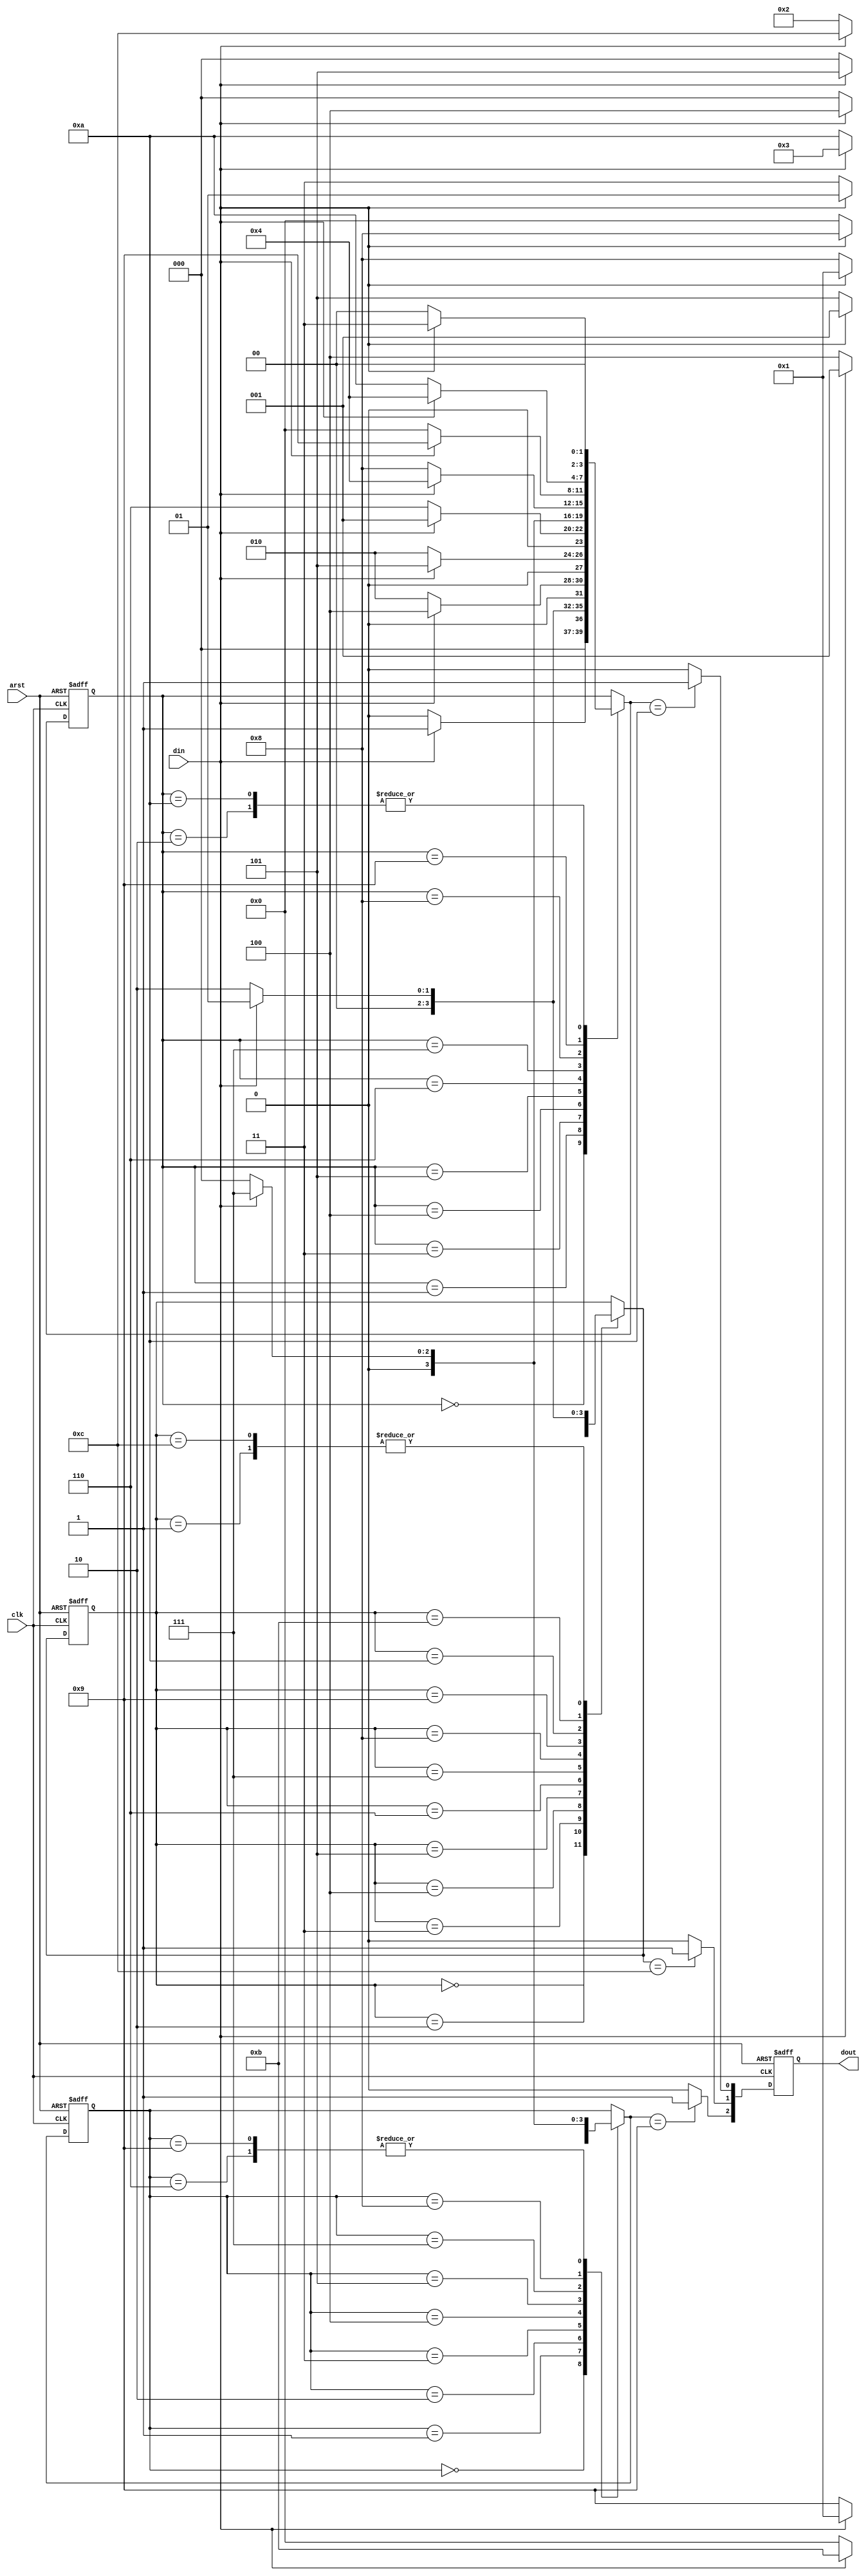
/*--  *******************************************************
--  Computer Architecture Course, Laboratory Sources 
--  Amirkabir University of Technology (Tehran Polytechnic)
--  Department of Computer Engineering (CE-AUT)
--  https://ce[dot]aut[dot]ac[dot]ir
--  *******************************************************
--  All Rights reserved (C) 2019-2020
--  *******************************************************
--  Student ID  : 
--  Student Name: 
--  Student Mail: 
--  *******************************************************
--  Additional Comments:
--
--*/

/*-----------------------------------------------------------
---  Module Name: Gas Detector Sensor
---  Description: Module2:
-----------------------------------------------------------*/
`timescale 1 ns/1 ns

module GasDetectorSensor (
	input        arst     , // async reset posedge
	input        clk      , // clock posedge
	input        din      , // input data 
	output [2:0] dout       // output data
);
	//output as register
	reg [2:0] out;
	
	//start point for all diagrams
	parameter start = 4'b0000;
	
	//gas present states
	reg [3:0] metan;
	reg [3:0] c_mono;
	reg [3:0] c_dio;

	//state name of diagrams
	//metan states
	parameter m0 = 4'b0001, m1 = 4'b0010, m2 = 4'b0011, m3 = 4'b0100, m4 = 4'b0101; 
	parameter m5 = 4'b0110, m6 = 4'b0111, m7 = 4'b1000, m8 = 4'b1001, m9 = 4'b1010;
	//c_mono states
	parameter cm0 = 4'b0001, cm1 = 4'b0010, cm2 = 4'b0011, cm3 = 4'b0100, cm4 = 4'b0101, cm5 = 4'b0110; 
	parameter cm6 = 4'b0111, cm7 = 4'b1000, cm8 = 4'b1001, cm9 = 4'b1010, cm10 = 4'b1011, cm11 = 4'b1100;
	//c_dio states
	parameter cd0 = 4'b0001, cd1 = 4'b0010, cd2 = 4'b0011, cd3 = 4'b0100, cd4 = 4'b0101; 
	parameter cd5 = 4'b0110, cd6 = 4'b0111, cd7 = 4'b1000, cd8 = 4'b1001;
	
	
	//three moore machine in a block of always
	always @(posedge arst or posedge clk) begin
		if(arst == 1'b1) begin
			metan = start;
			c_mono = start;
			c_dio = start;
			out = 3'b000;
		end
		else begin
			//setting present state of metan gas
			case(metan)
				start: metan = din ? m0 : start;
				m0: metan = din ? m0 : m1;
				m1: metan = din ? m2 : start;
				m2: metan = din ? m3 : m1;
				m3: metan = din ? m4 : m1;
				m4: metan = din ? m0 : m5;
				m5: metan = din ? m6 : start;
				m6: metan = din ? m3 : m7;
				m7: metan = din ? m8 : start;
				m8: metan = din ? m3 : m9;
				m9: metan = din ? m2 : start;
			endcase
			
			if(metan == m9) out[0] = 1'b1;
			else out[0] = 1'b0;
		
			//setting present state of carbon monoxide gas
			case(c_mono)
				start: c_mono = din ? cm0 : start;
				cm0: c_mono = din ? cm0 : cm1;
				cm1: c_mono = din ? cm2 : start;
				cm2: c_mono = din ? cm0 : cm3;
				cm3: c_mono = din ? cm4 : start;
				cm4: c_mono = din ? cm0 : cm5;
				cm5: c_mono = din ? cm4 : cm6;
				cm6: c_mono = din ? cm7 : start;
				cm7: c_mono = din ? cm0 : cm8;
				cm8: c_mono = din ? cm2 : cm9;
				cm9: c_mono = din ? cm10 : start;
				cm10: c_mono = din ? cm11 : cm1;
				cm11: c_mono = din ? cm0 : cm1;
			endcase
			
			if(c_mono == cm11) out[1] = 1'b1;
			else out[1] = 1'b0;
			
			//setting present state of carbon dioxide gas
			case(c_dio)
				start: c_dio = din ? cd0 : start;
				cd0: c_dio = din ? cd0 : cd1;
				cd1: c_dio = din ? cd0 : cd2;
				cd2: c_dio = din ? cd3 : start;
				cd3: c_dio = din ? cd0 : cd4;
				cd4: c_dio = din ? cd0 : cd5;
				cd5: c_dio = din ? cd6 : start;
				cd6: c_dio = din ? cd0 : cd7;
				cd7: c_dio = din ? cd0 : cd8;
				cd8: c_dio = din ? cd6 : start;
			endcase
		
			if(c_dio == cd8) out[2] = 1'b1;
			else out[2] = 1'b0;
			
		end
	end
	
	assign dout = out;
	
endmodule